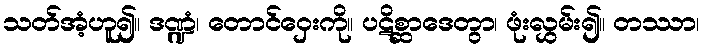
သတ်အံ့ဟူ၍။ ဒဏ္ဍံ၊ တောင်ဝှေးကို။ ပဋိစ္ဆာဒေတွာ၊ ဖုံးလွှမ်း၍။ တဿာ၊